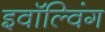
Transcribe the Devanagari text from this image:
इवॉल्विंग